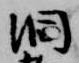
洞